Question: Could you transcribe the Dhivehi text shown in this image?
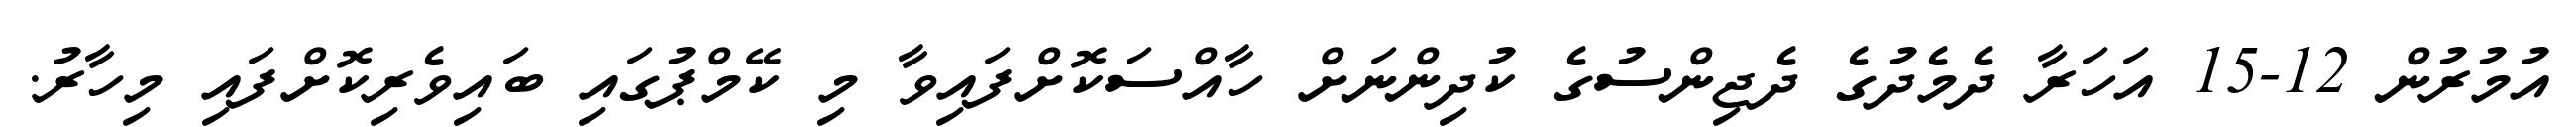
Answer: އުމުރުން 12-15 އަހަރާ ދެމެދުގެ ދެޖިންސުގެ ކުދިންނަށް ހާއްސަކޮށްފައިވާ މި ކޭމްޕުގައި ބައިވެރިކޮށްފައި މިހާރު.